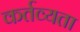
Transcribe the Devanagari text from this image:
कर्तव्यता